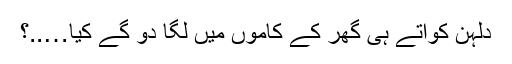
دلہن کوآتے ہی گھر کے کاموں میں لگا دو گے کیا…..؟